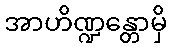
အာဟိဏ္ဍန္တောမှိ